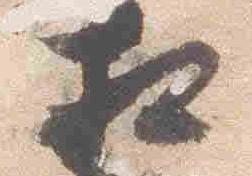
相